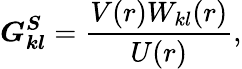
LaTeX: \boldsymbol{G_{kl}^{S}}=\frac{V(r)W_{kl}(r)}{U(r)},